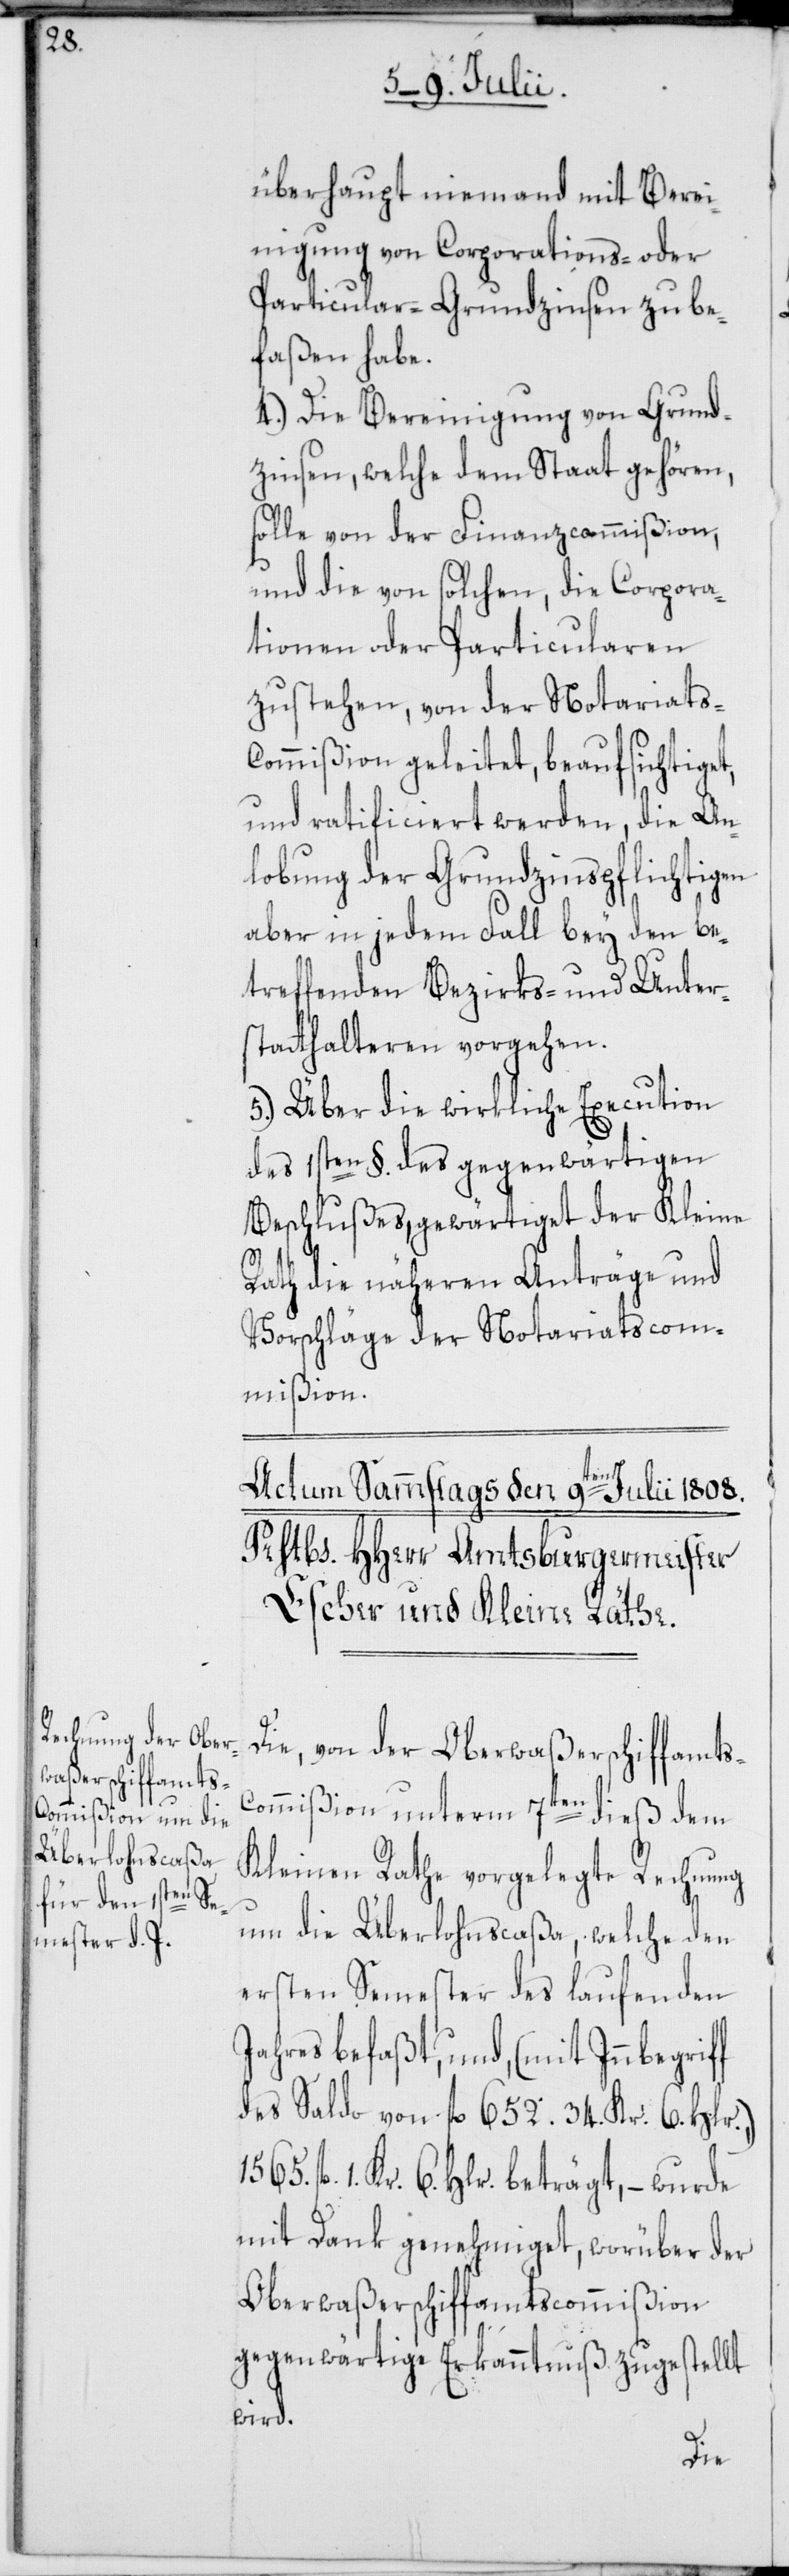
f

überhaupt niemand mit Bere¬
inigung von Corporations- oder
Particular-Grundzinsen zu be¬
faßen habe.
4. )Die Bereinigung von Grund¬
zinsen, welche dem Staat gehören,
solle von der Finanzcommißion,
und die von solchen, die Corpora¬
tionen oder Particularen
zustehen, von der Notariats-C¬
ommißion geleitet, beaufsichtiget,
und ratificiert werden, die An¬
lobung der Grundzinspflichtigen
aber in jedem Fall bey den be¬
treffenden Bezirks- und Unter¬
statthalteren vorgehen.
5.) Über die wirkliche Execution
des 1sten §. des gegenwärtigen
Beschlußes, gewärtiget der Kleine
Rath die näheren Anträge und
Vorschläge der Notariatscom¬
mißion.
Die, von der Oberwaßerschiffamt¬
ommißion unterm 7ten dieß dem
Kleinen Rathe vorgelegte Rechnung
um die Überlohnscaßa, welche den
ersten Semester des laufenden
Jahres befaßt, und, (mit Innbegrif¬
des Saldo von fl. 652 34. Kr. 6. Hlr.,)
fl. 1. Kr. 6. Hlr. beträgt, – wurde
mit Dank genehmiget, worüber der
Oberwaßerschiffamtscommißion
gegenwärtige Erkanntnuß zugestellt
wird.